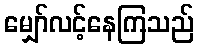
မျှော်လင့်နေကြသည်